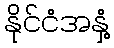
နိုင်ငံအနှံ့